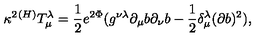
{ \kappa } ^ { 2 } ^ { ( H ) } T _ { \mu } ^ { \lambda } = \frac 1 2 e ^ { 2 \Phi } ( g ^ { \nu \lambda } \partial _ { \mu } b \partial _ { \nu } b - \frac 1 2 \delta _ { \mu } ^ { \lambda } ( \partial b ) ^ { 2 } ) ,